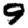
Digit: 9